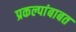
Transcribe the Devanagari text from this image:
प्रकल्पांबाबत